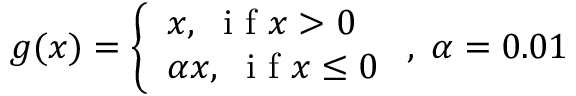
g ( x ) = \left\{ \begin{array} { l l } { x , \; \mathrm { ~ i ~ f ~ } x > 0 } \\ { \alpha x , \; \mathrm { ~ i ~ f ~ } x \le 0 } \end{array} \right. , \; \alpha = 0 . 0 1